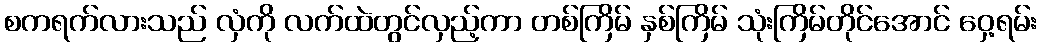
စကရက်လားသည် လှံကို လက်ထဲတွင်လှည့်ကာ တစ်ကြိမ် နှစ်ကြိမ် သုံးကြိမ်တိုင်အောင် ဝှေ့ရမ်း